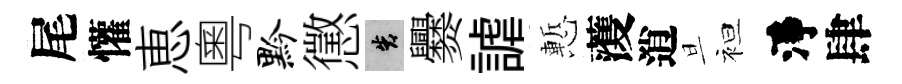
尾懽恵粵黔懲告爨謔慙𮑮逍旦袒淨肆